Leaving Certificate, 1900
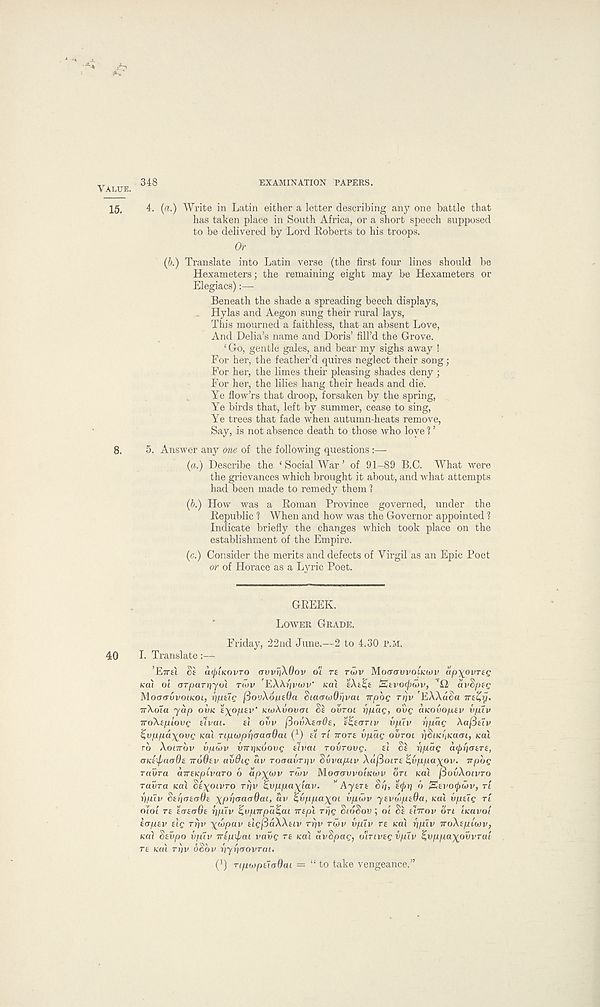
VALUE.
348
EXAMINATION PAPERS.
15.
4. (a.) Write in Latin either a letter describing any one battle that
has taken place in South Africa, or a short speech supposed
to be delivered by Lord Roberts to his troops.
Or
(b.) Translate into Latin verse (the first four lines should be
Hexameters; the remaining eight may be Hexameters or
Elegiacs):—
Beneath the shade a spreading beech displays,
Hylas and Aegon sung their rural lays,
This mourned a faithless, that an absent Love,
And Delia’s name and Doris’ fill’d the Grove.
‘ Go, gentle gales, and bear my sighs away !
For her, the feather’d quires neglect their song;
For her, the limes their pleasing shades deny ;
For her, the lilies hang their heads and die.
Ye flow’rs that droop, forsaken by the spring,
Ye birds that, left by summer, cease to sing,
Ye trees that fade when autumn-heats remove,
Say, is not absence death to those who love 1 ’
8.
5. Answer any one of the following questions:—
(a.) Describe the ‘ Social War ’ of 91-89 B.C. What were
the grievances which brought it about, and what attempts
had been made to remedy them ?
(b.) How was a Roman Province governed, under the
Republic 1 When and how was the Governor appointed 1
Indicate briefly the changes which took place on the
establishment of the Empire.
(c.) Consider the merits and defects of Yirgil as an Epic Poet
or of Horace as a Lyric Poet.
GREEK.
LOWER GRADE.
Friday, 22nd June.—2 to 4.30 P.M.
40
I. Translate :—
’ETTEI SE iKpiKOvro avvriXQov oi re rwv MoeravvoLKCov ap-^ovrec
Kot oi orparrryui rwv EXAyvwv' ical E’AE^E iStvocpwv, ’42 avSptg
MoaavvoiKOt, yptig fiooXoiuOa Siacrwdiivai npog rrjv 'EAAa^a Trefyj.
irXola yap OVK £\op£v’ KioXvovtn Si OVTOI r\pag, ovg aKOvopev vptv
■rroXtpiovg uvat.
ti ovv /SouXscrde, e^eartv vplv rjpag Xafitiv
^vppd\ovg iccu TiptopycTaadai ( 1 ) EY rt TTOTE vpdg ovroi ySiKitKaai, ical
ro Xonrbv vpwv {nryKoovg tivai rovrovg.
u Si ypdg cupriatTt,
OKtipuoQiz iroOiv avdig dv rpaavryv Svvapuv Xdfiotre ^vppa^ov. irpbg
ravra cnreicpivaTO 6 dp\p)v rwv Mocrcruvoucwn ort KCU fiovXoivro
ravra teal Si\oivro rrjv ^vppa\iav. ” Aysrt <§//, £(j>y 6 Sevo^wv, ri
yp.lv Styaerrde \pyaaa0ai, av %vppa\OL vpwv ytvwptOa, Ka\ vpelg rl
oloi TE iaatrOt yplv ^vpnpd^ai ire pi ryg SioSov; oi Si throv on iicavol
iopev elg ryv \wpav tlgjddXXeiv ryv rwv vplv re ical yplv rroXtpiwv,
KO.) Stvpo vplv irtpx^ai vavg re KO.1 dvSpag, o'inveg vplv ^,vppa\ovvral
TE Ktu ryv 6S6v yyycTOvrai.
ripwptloOai = “ to take vengeance.”